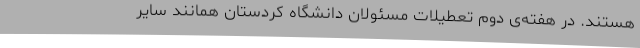
هستند. در هفته‌ی دوم تعطیلات مسئولان دانشگاه کردستان همانند سایر